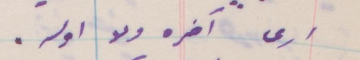
أرى آخره ولا اوله.